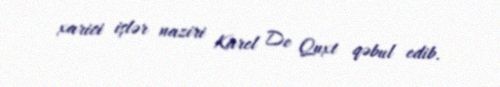
xarici işlər naziri Karel De Quxt qəbul edib.